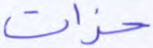
حزات